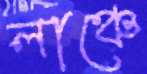
লাঞ্চে